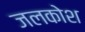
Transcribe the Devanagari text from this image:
जलकोश